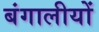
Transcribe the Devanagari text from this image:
बंगालीयों